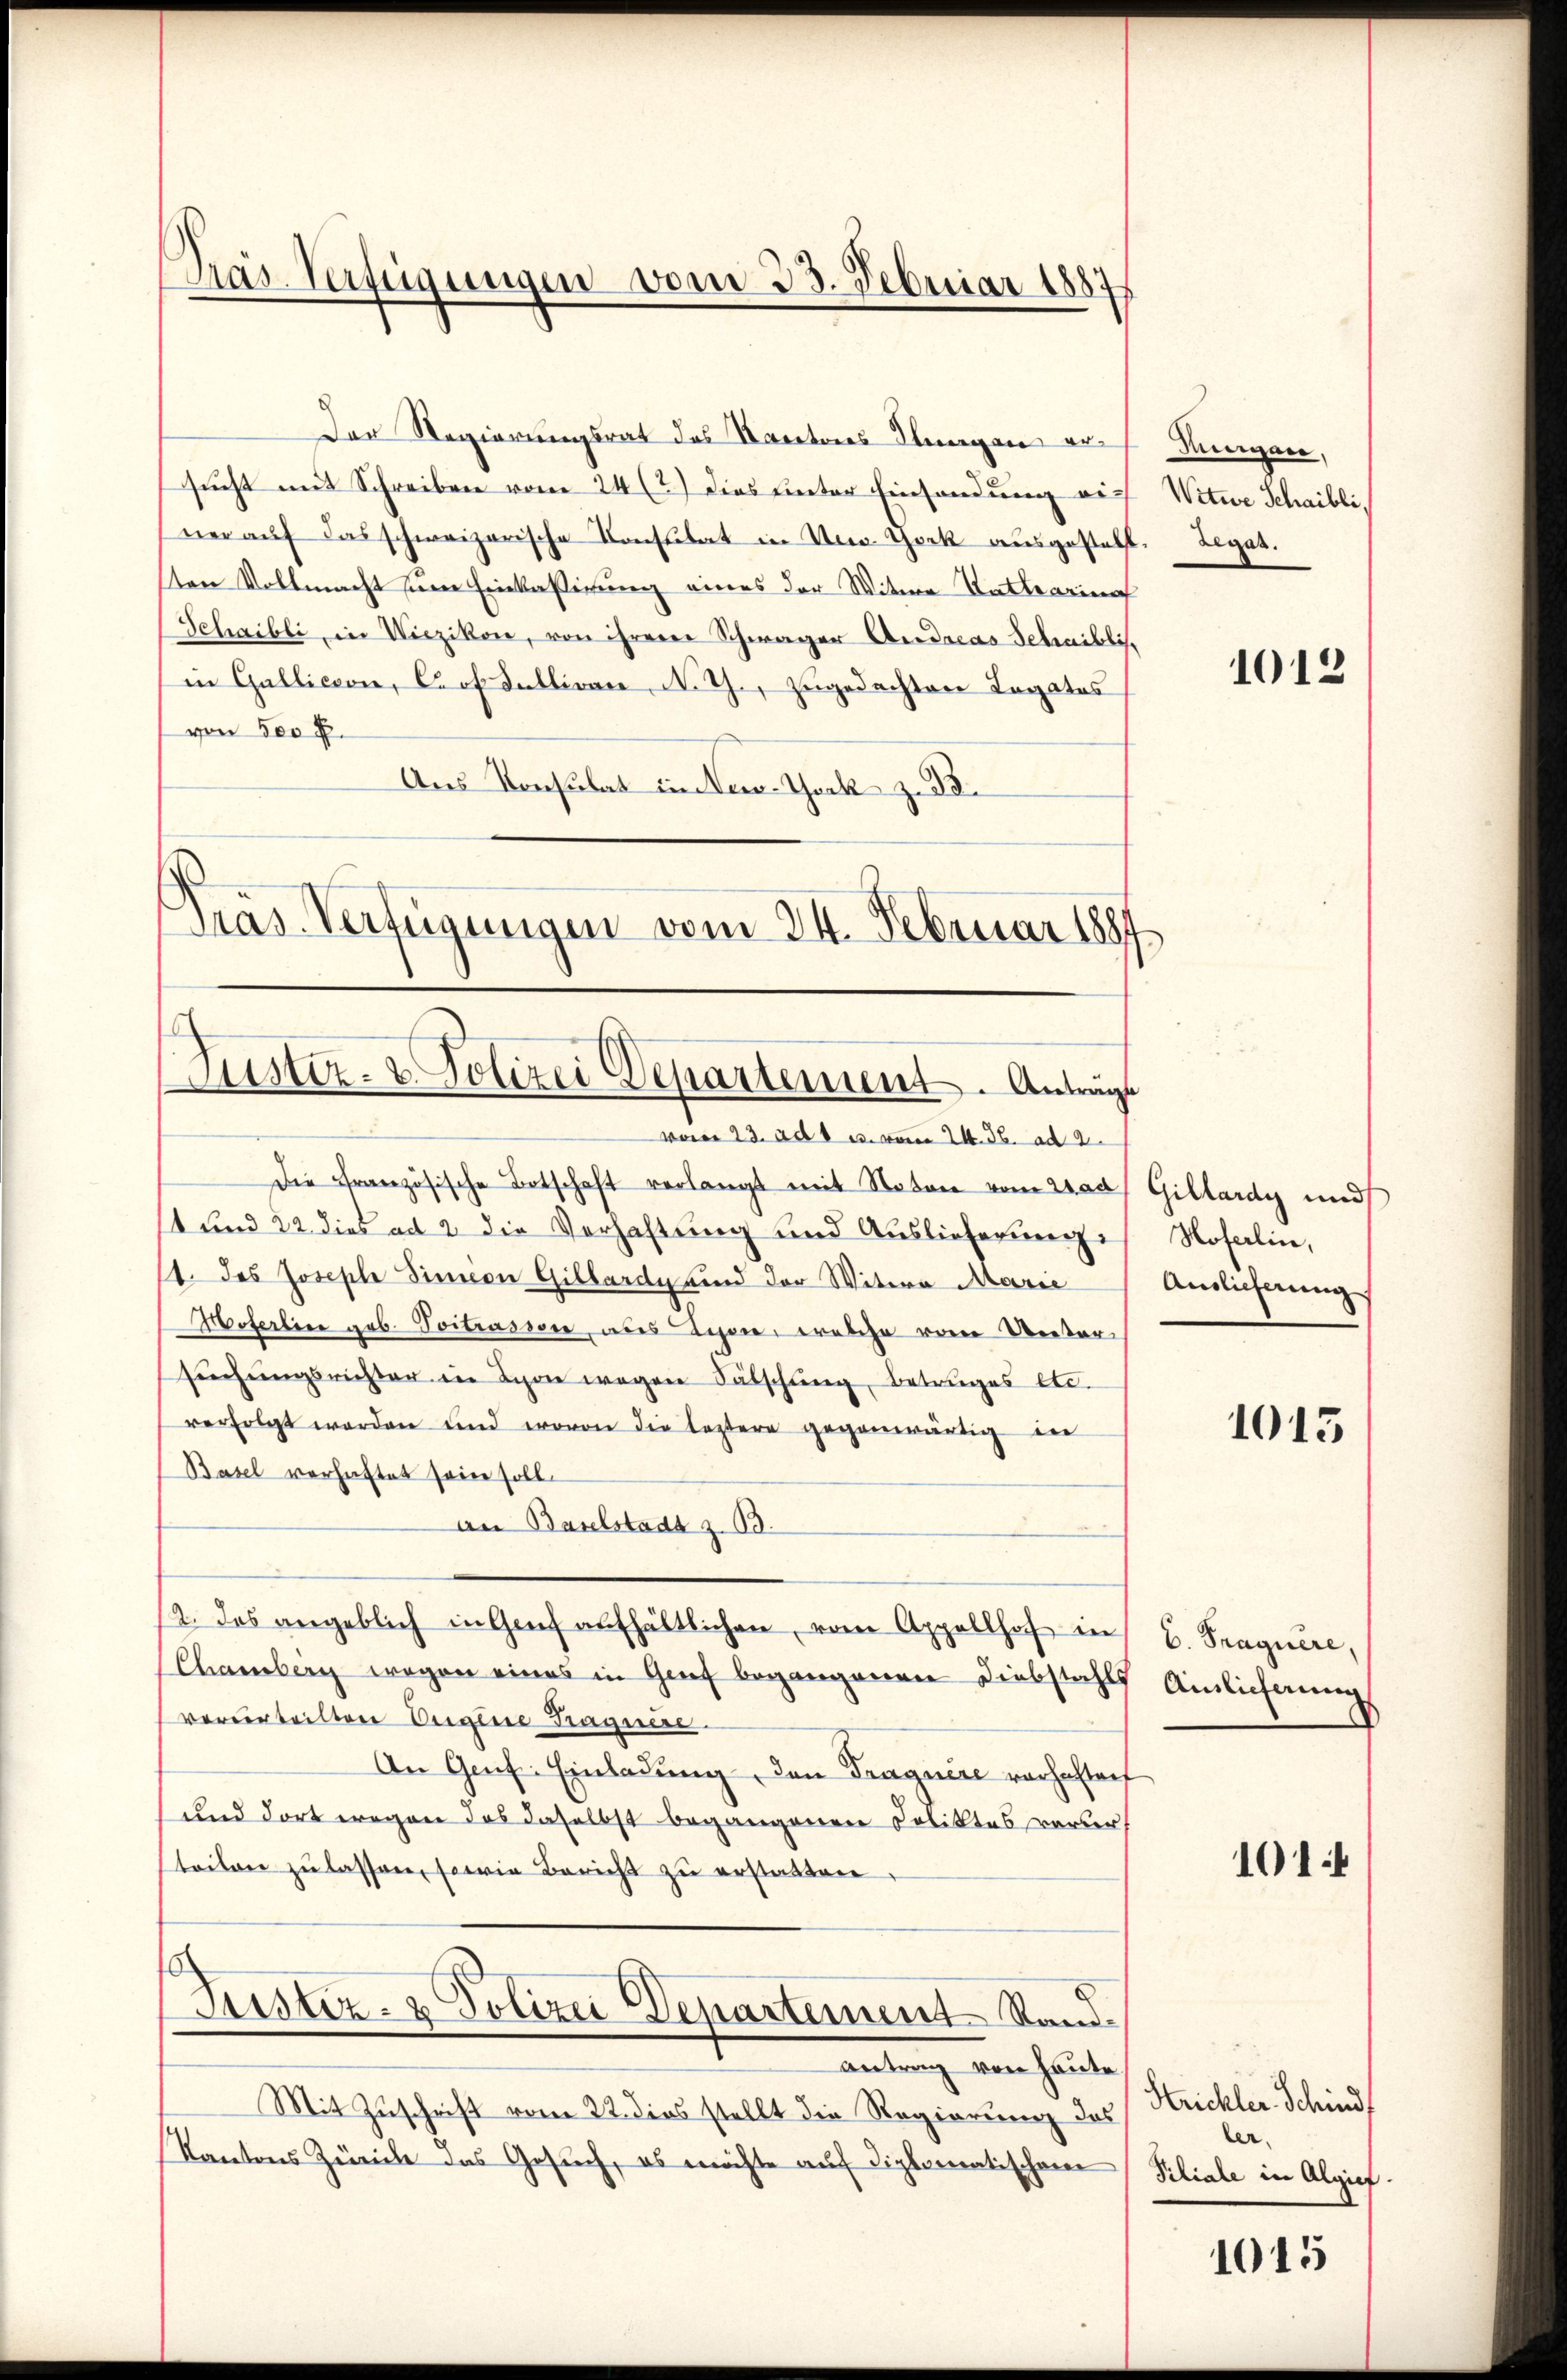
Präs. Verfügungen vom 23. Februar 1887

Justiz- & Polizei Departement. Anträge

Der Regierungsrat des Kantores Stangen ersucht mit Schreiben vom 24 (2.) dies unter Einsendung wie Witwe Schaibli,
ner aŭf das schweizerische Consulat in New York ausgestellt. Legat.
ten Vollmacht um Einkassirung eines der Witwe Katharina
Schaibli, in Wiezikon, von ihrem Schwager Andreas Schaiblis.
in Gallicion, Prof Sulliren N. G., zugedachten Legates
von 500 f.
Ans Konsulat in New-York z. B.
Pras Verfügungen vom 24. Februar 1887.

vom 23. ad 1. c. vom 24. 32. ad 2.
Die Französische Botschaft verlangt mit Noton vom 21. Gillardy und
st und 22 dies ad 2 die Verhaftung und Auslieferung
1. des Joseph Sinnen Gilbarde und der Witern Marie
Moserline geb. Soitrassen, als Lehen, welche vom Konkorsŭchŭngsrichter in Lyone wegen Fälschung, Betruges etc.
verfolgt worden und wovon die leztere gegenwärtig in
Basel verhaftet sein soll.
an Baselstadt z. 13.
12. das angeblich in Genf aufhältlichen, vom Appellhof in
Chamberg wegen eines in Genf begangenen Diebstahls
verurteilten Eigene Tragnere.
An Genf. Einladung den Tragnere vorhaltenf
und dort wegen das daselbst begangenen Poliktes verurteilen zu lassen, sowie Bericht zu erstatten
Justiz- & Polizei Departement Stand.
Antrag von heute,
Mit Zuschrift vom 22. dies stellt die Regierung des
Kantons Zürich das Gesuch, es möchte auf diplomatischen

Aigen.

1013

Hoferlin,
Amlicherung

1015

b. Tragnere,
Ainlieferung

101

Strichler Schind
ler.
Siliale in Algief.

1015